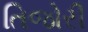
તિજોરી